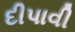
દીપાવી